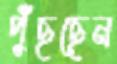
পুঁছছেন